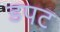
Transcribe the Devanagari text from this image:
डपट